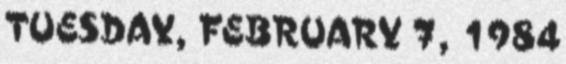
TUESDAY, FEBRUARY 7, 1984